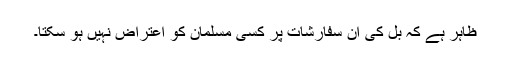
ظاہر ہے کہ بل کی ان سفارشات پر کسی مسلمان کو اعتراض نہیں ہو سکتا۔